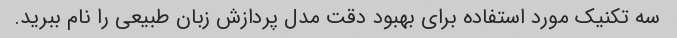
سه تکنیک مورد استفاده برای بهبود دقت مدل پردازش زبان طبیعی را نام ببرید.